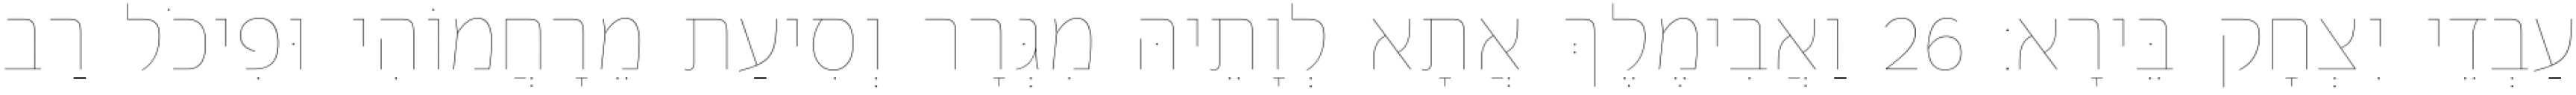
עַבְדֵי יִצְחָק בֵּירָא׃ 26 וַאֲבִימֶלֶךְ אֲתָא לְוָתֵיהּ מִגְּרָר וְסִיעַת מֵרָחֲמוֹהִי וּפִיכֹל רַב